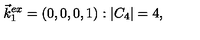
\vec { k } _ { 1 } ^ { e x } = ( 0 , 0 , 0 , 1 ) : | C _ { 4 } | = 4 ,